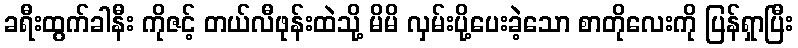
ခရီးထွက်ခါနီး ကိုဇင့် တယ်လီဖုန်းထဲသို့ မိမိ လှမ်းပို့ပေးခဲ့သော စာတိုလေးကို ပြန်ရှာပြီး